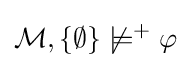
{\mathcal {M}},\{\emptyset \}\not \models ^{+}\varphi